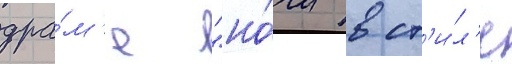
дра́м'е "но́чи в ст'и́л'е